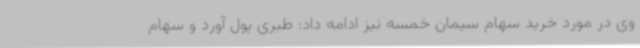
وی در مورد خرید سهام سیمان خمسه نیز ادامه داد: طبری پول آورد و سهام